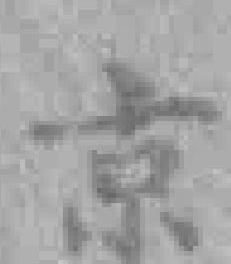
京